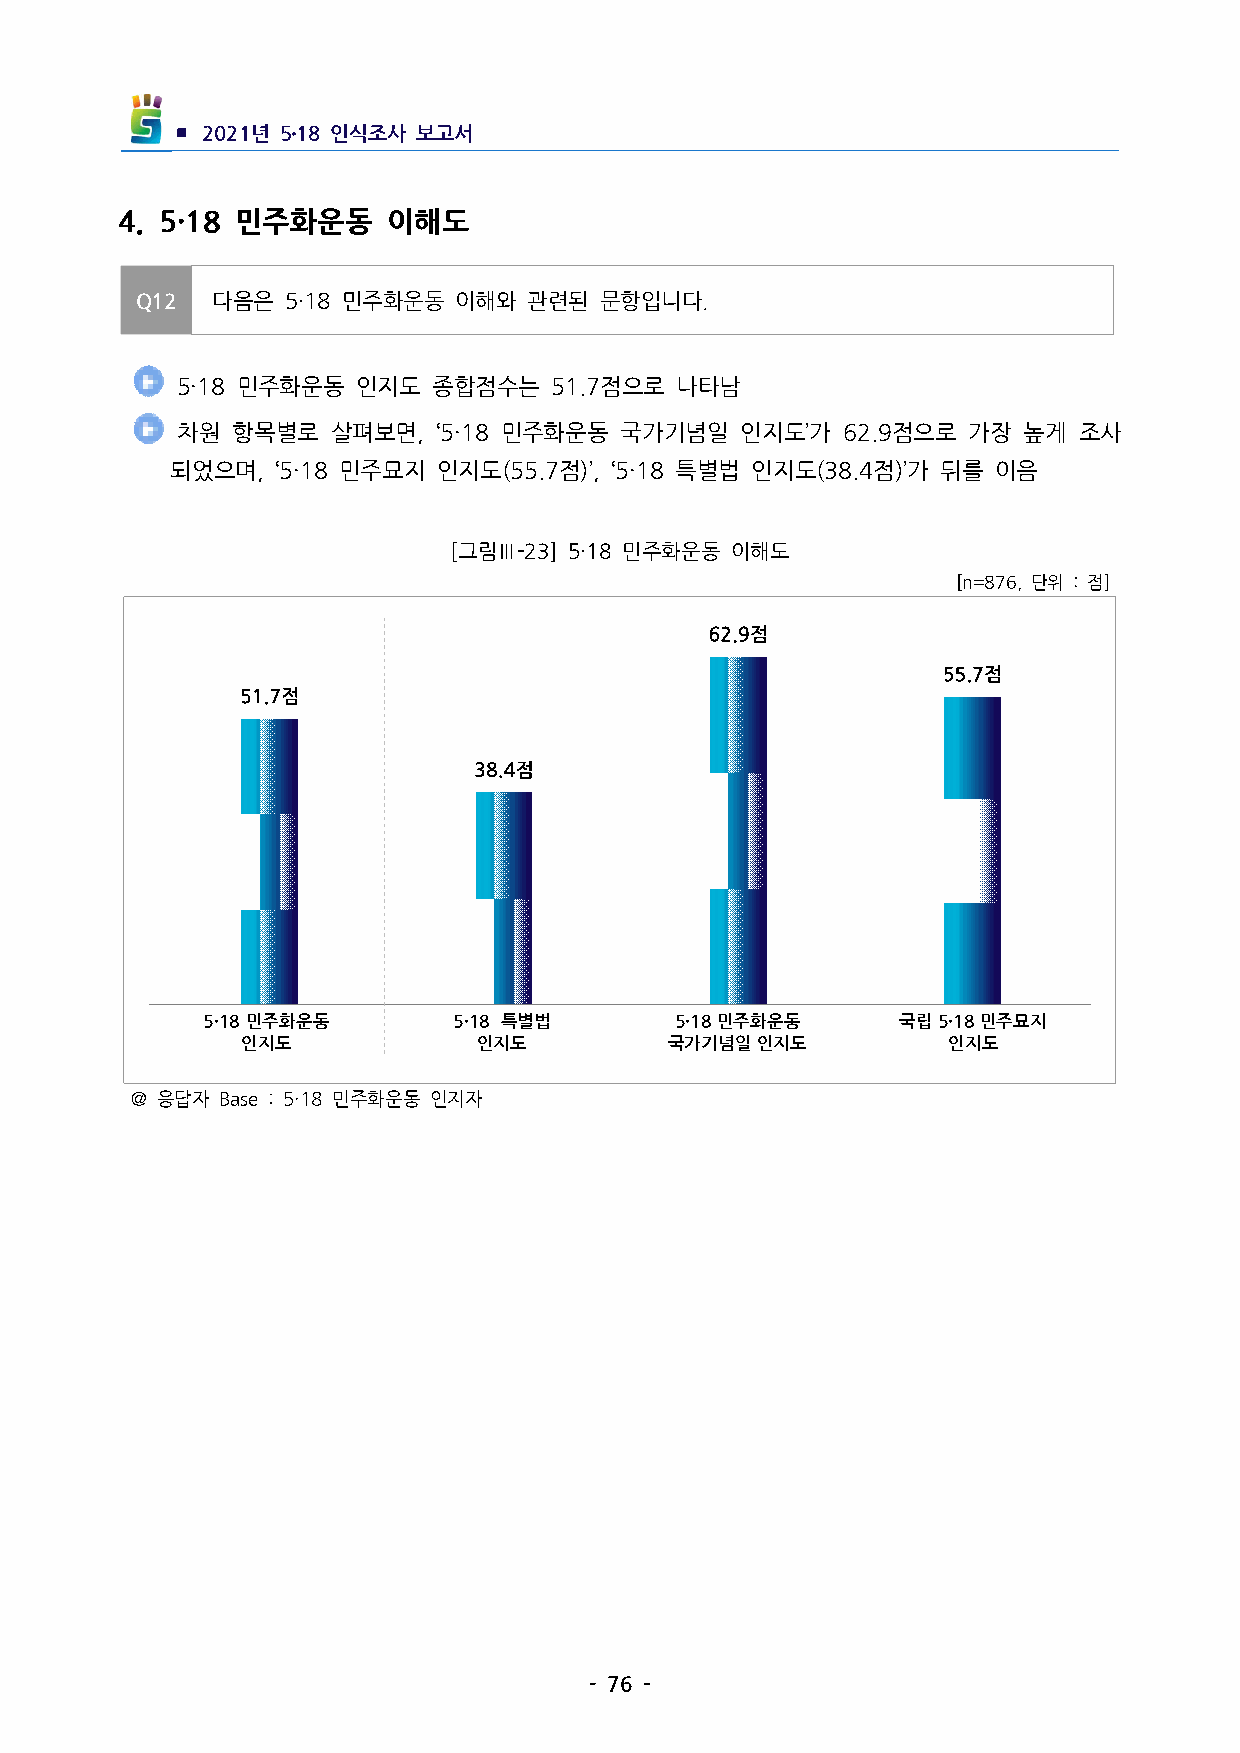
▪ 2021년 5․18인식조사 보고서
 4. 5·18 민주화운동   이해도
 Q12  다음은  5·18민주화운동 이해와  관련된  문항입니다.
 5·18민주화운동  인지도  종합점수는  51.7점으로  나타남
 차원 항목별로   살펴보면,‘5·18민주화운동  국가기념일   인지도’가62.9점으로  가장  높게 조사
 되었으며,‘5·18민주묘지  인지도(55.7점)’,‘5·18특별법 인지도(38.4점)’가뒤를 이음
 [그림Ⅲ-23] 5·18민주화운동 이해도
 [n=876,단위 :점]
 5·18민주화운동       5·18특별법      5·18민주화운동     국립5·18민주묘지
 인지도             인지도         국가기념일인지도           인지도
 ＠응답자 Base:5·18민주화운동 인지자
 -76-